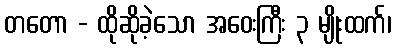
တတော - ထိုဆိုခဲ့သော အဝေးကြီး ၃ မျိုးထက်၊